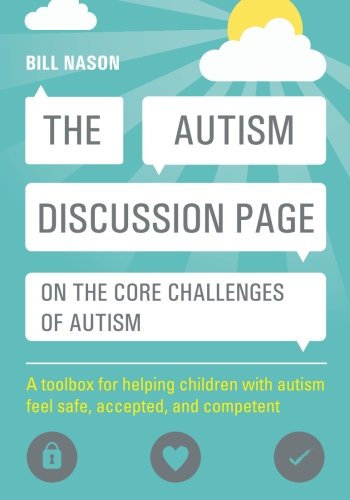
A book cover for The Autism Discussion Page on the core challenges of autism: A toolbox for helping children with autism feel safe, accepted, and competent; Bill Nason; Parenting & Relationships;